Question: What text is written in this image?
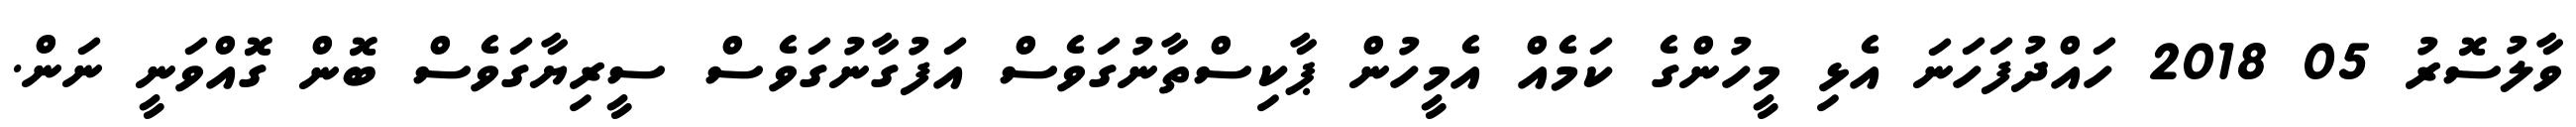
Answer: ވާލުސޮރު 05 2018 ހައްދުފަހަނަ އެޅި މީހުންގެ ކަމެއް އެމީހުން ޕާކިސްތާނުގަވެސް އަފުގާނުގަވެސް ސީރިޔާގަވެސް ބޮން ގޮއްވަނީ ނަން.